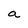
Character: a